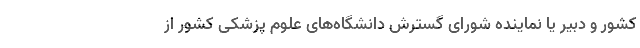
کشور و دبیر یا نماینده شورای گسترش دانشگاه‌های علوم پزشکی کشور از